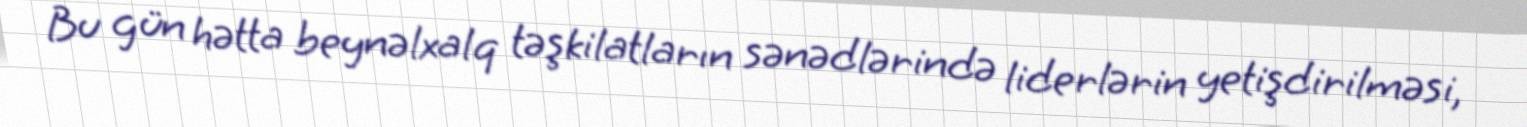
Bu gün hətta beynəlxalq təşkilatların sənədlərində liderlərin yetişdirilməsi,